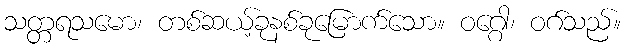
သတ္တရသမော၊ တစ်ဆယ့်ခုနစ်ခုမြောက်သော။ ဝဂ္ဂေါ၊ ဝဂ်သည်။